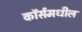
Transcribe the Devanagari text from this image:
कॉर्समधील